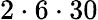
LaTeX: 2\cdot 6\cdot 30